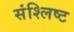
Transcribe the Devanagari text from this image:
संश्लिष्‍ट